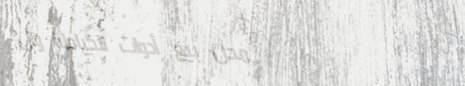
محل بيع أدوات الخياطة وال